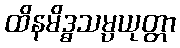
ထိနမိဒ္ဓသမ္ပယုတ္တာ